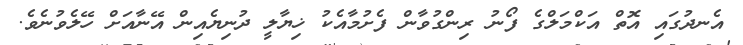
އެނދުގައި އޮތް އަކްމަލްގެ ފޯނު ރިންގުވާން ފެށުމާއެކު ޚިޔާލީ ދުނިޔެއިން އޭނާއަށް ހޭލެވުނެވެ.